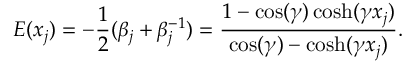
E ( x _ { j } ) = - \frac { 1 } { 2 } ( \beta _ { j } + \beta _ { j } ^ { - 1 } ) = \frac { 1 - \cos ( \gamma ) \cosh ( \gamma x _ { j } ) } { \cos ( \gamma ) - \cosh ( \gamma x _ { j } ) } .